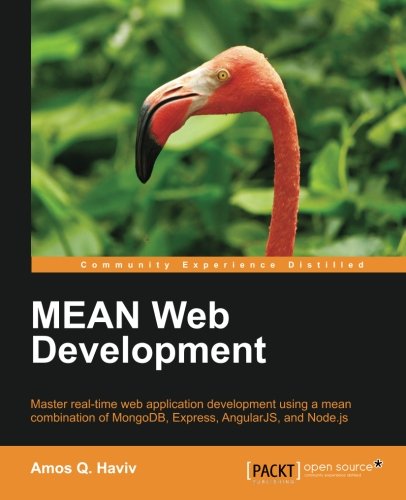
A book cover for MEAN Web Development; Amos Q. Haviv; Computers & Technology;